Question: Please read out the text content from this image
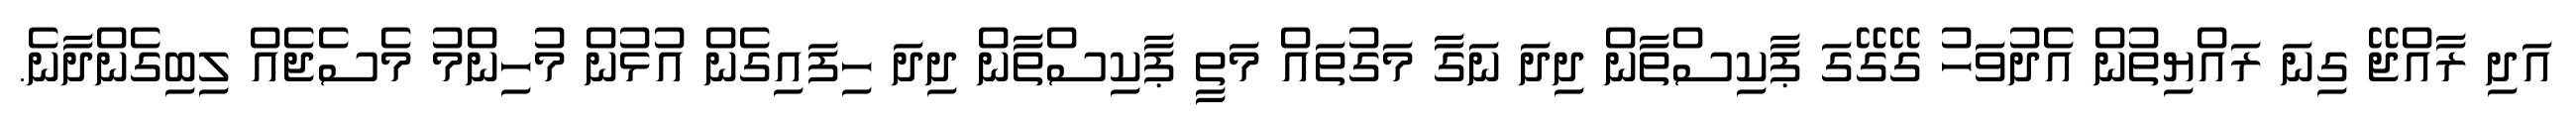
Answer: އަދި ރާއްޖޭ ގިނަ ރައްޔިތުން އެދުވަހު ގޭގޭގަ ޕާކިސްތާން ދިދަ ނަގާ މަގުތައް މަތީ ޕާކިސްތާން ދިދަ ހިފައިގެން އުޅުން މުހިންމު މެސެޖެއް ލިބިގެންދާނެ.